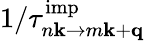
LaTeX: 1/\tau_{n\mathbf k\to m\mathbf k+\mathbf q}^{\mathrm{imp}}